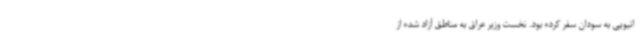
اتیوپی به سودان سفر کرده بود. نخست وزیر عراق به مناطق آزاد شده از